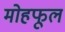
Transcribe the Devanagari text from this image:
मोहफूल